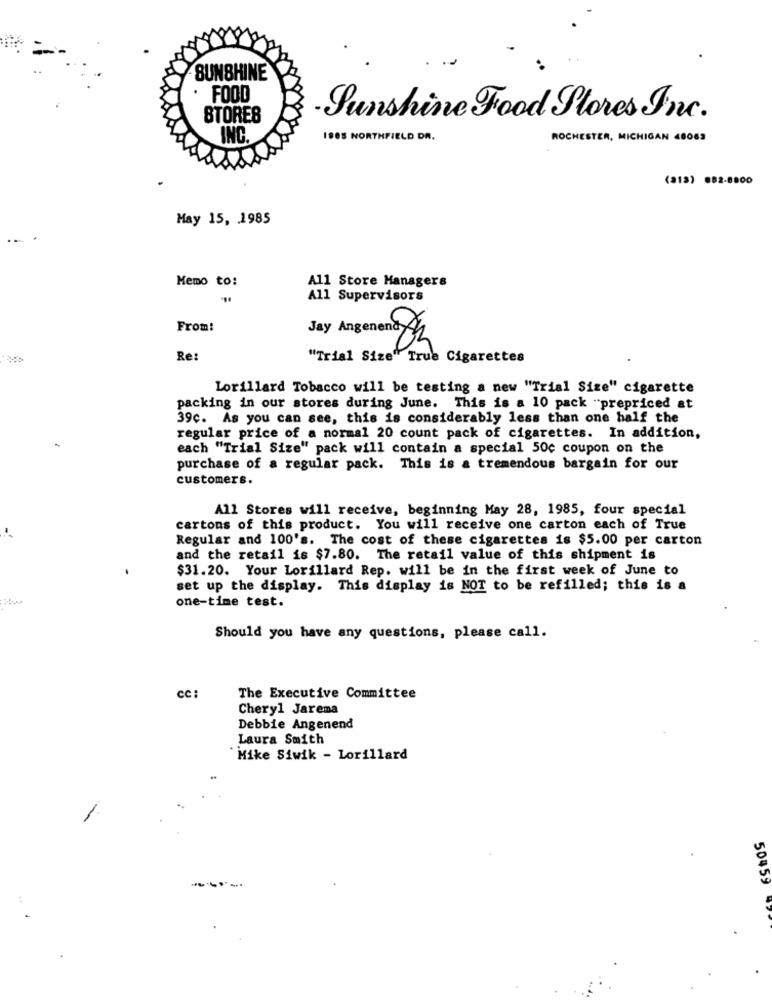
SUNSHINE
FOOD
STORES
Sunshine Food Stores Inc.
INC.
1905 NORTHFIELD DR.
ROCHESTER, MICHIGAN 48063
(213) 082-8800
May 15, 1985
Memo to:
All Store Managers
All Supervisors
From!
Jay Angenena 2
Re:
"Trial Size" True Cigarettes
Lorillard Tobacco will be testing a new "Trial Size" cigarette
packing in our stores during June. This is a 10 pack "prepriced at
39c. As you can see, this is considerably less than one half the
regular price of a normal 20 count pack of cigarettes. In addition,
each "Trial Size" pack will contain a special 50c coupon on the
purchase of a regular pack. This is a tremendous bargain for our
customers.
All Stores will receive, beginning May 28, 1985, four special
cartons of this product. You will receive one carton each of True
Regular and 100's. The cost of these cigarettes is $5.00 per carton
and the retail is $7.80. The retail value of this shipment is
$31.20. Your Lorillard Rep. will be in the first week of June to
set up the display. This display is NOT to be refilled; this is a
one-time test.
Should you have any questions, please call.
cc :
The Executive Committee
Cheryl Jarema
Debbie Angenend
Laura Smith
Mike Siwik - Lorillard
50459